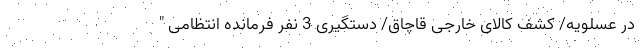
در عسلویه/ کشف کالای خارجی قاچاق/ دستگیری 3 نفر فرمانده انتظامی "